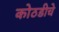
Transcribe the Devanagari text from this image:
कोठडीचे